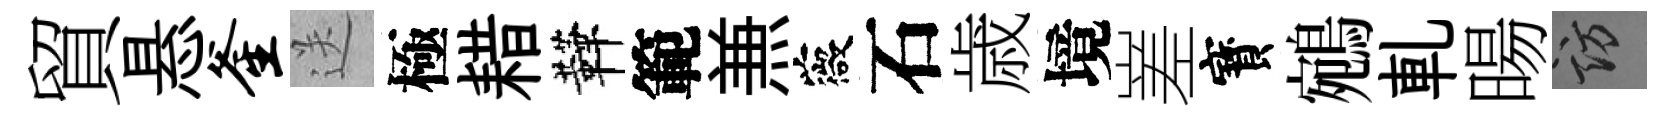
貿悬釜送極耤鞾範𠔥薇石歳境嵳寳鵷軋暘訪